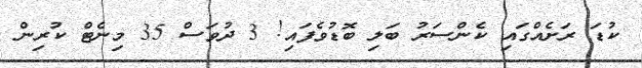
ކުޑަ ރަށެއްގައި ކެންސަރު ބަލި ބޮޑުވެފައި! 3 ދުވަސް 35 މިނެޓް ކުރިން